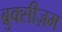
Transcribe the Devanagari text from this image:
ब्रुक्सीज़म